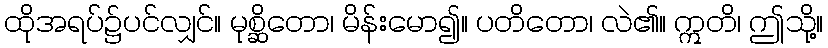
ထိုအရပ်၌ပင်လျှင်။ မုစ္ဆိတော၊ မိန်းမော၍။ ပတိတော၊ လဲ၏။ ဣတိ၊ ဤသို့။